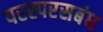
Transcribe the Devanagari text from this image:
परस्परसबंध